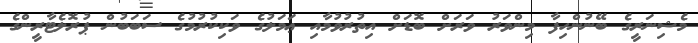
މެޝިނަރީގެ ބޭނުންހިފާ މިންވަރު ވަރަށް ބޮޑަށް އިތުރުވުމާއި ޢަމަލުގެ ވަކިކުރުމުގެ ސަބަބުން ޕުރޮލެޓާރީންގެ